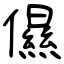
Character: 儑